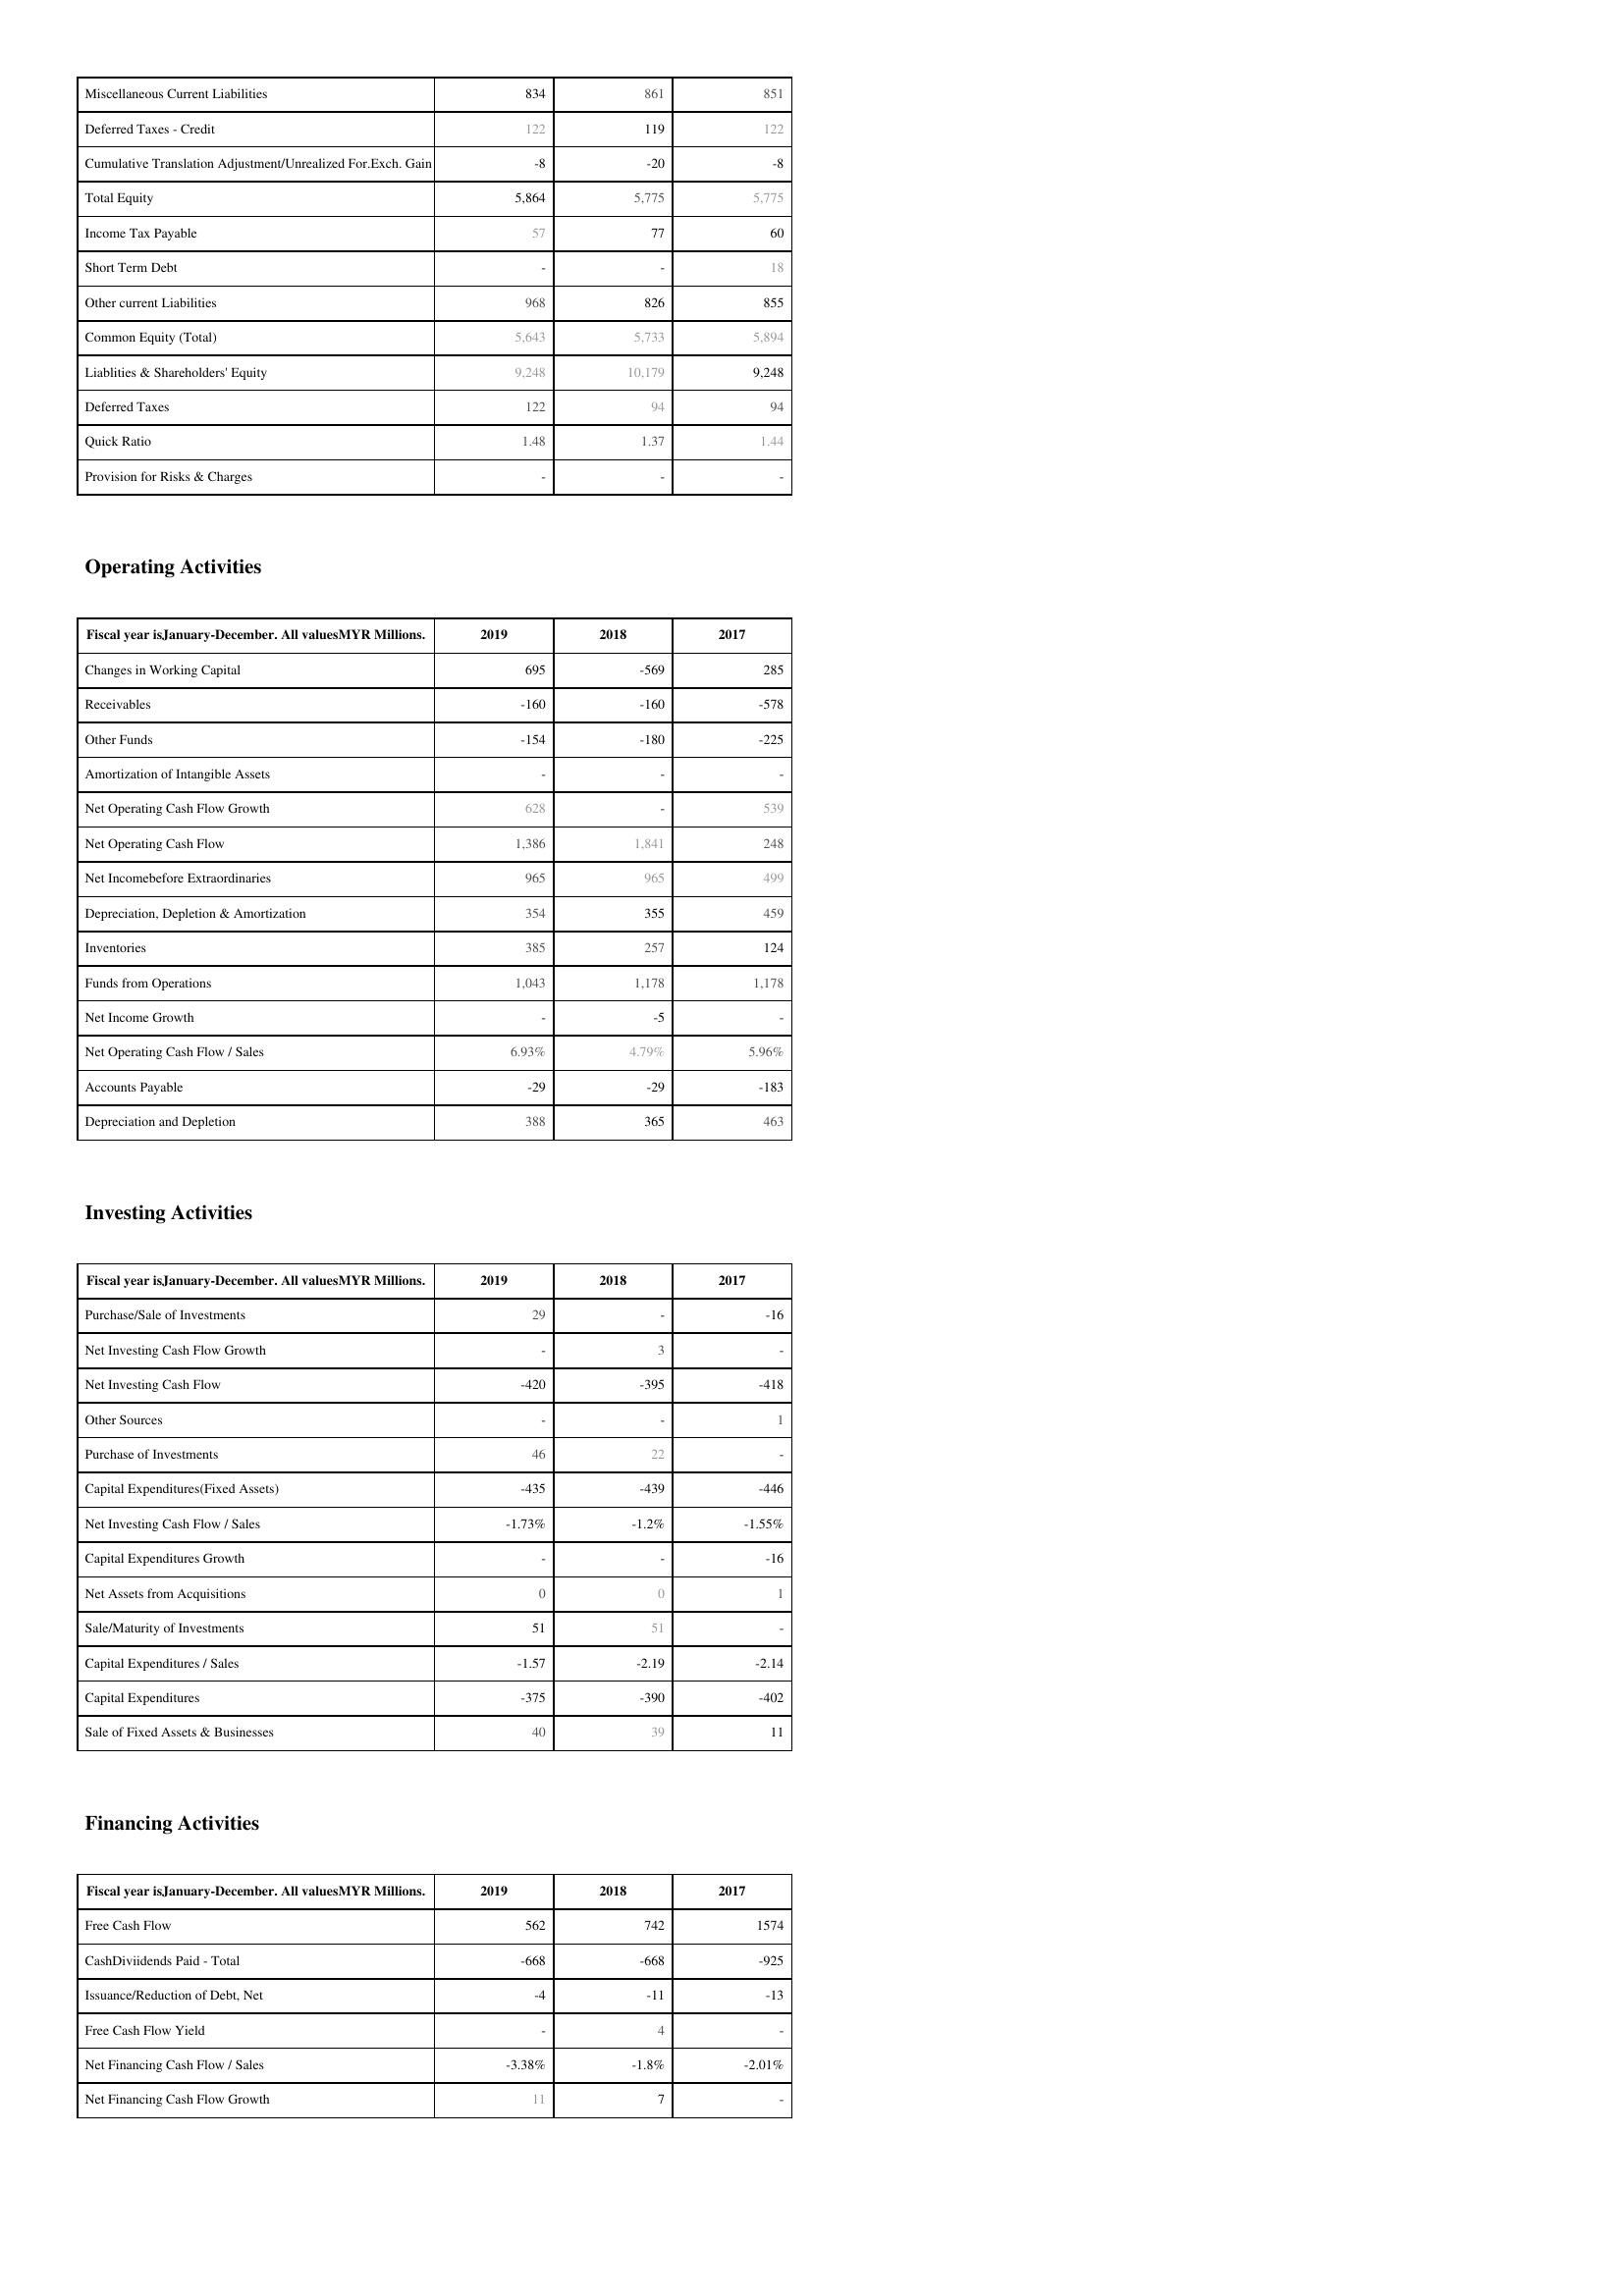
2019: Liabilities & Shareholder's Equity: Miscellaneous Current Liabilities: 834
Deferred Taxes - Credit: 122
Cumulative Translation Adjustment/Unrealized For.Exch. Gain: -8
Total Equity: 5,864
Income Tax Payable: 57
Short Term Debt: -
Other current Liabilities: 968
Common Equity (Total): 5,643
Liablities & Shareholders' Equity: 9,248
Deferred Taxes: 122
Quick Ratio: 1.48
Provision for Risks & Charges: -
Operating Activities: Changes in Working Capital: 695
Receivables: -160
Other Funds: -154
Amortization of Intangible Assets: -
Net Operating Cash Flow Growth: 628
Net Operating Cash Flow: 1,386
Net Incomebefore Extraordinaries: 965
Depreciation, Depletion & Amortization: 354
Inventories: 385
Funds from Operations: 1,043
Net Income Growth: -
Net Operating Cash Flow / Sales: 6.93%
Accounts Payable: -29
Depreciation and Depletion: 388
Investing Activities: Purchase/Sale of Investments: 29
Net Investing Cash Flow Growth: -
Net Investing Cash Flow: -420
Other Sources: -
Purchase of Investments: 46
Capital Expenditures(Fixed Assets): -435
Net Investing Cash Flow / Sales: -1.73%
Capital Expenditures Growth: -
Net Assets from Acquisitions: 0
Sale/Maturity of Investments: 51
Capital Expenditures / Sales: -1.57
Capital Expenditures: -375
Sale of Fixed Assets & Businesses: 40
Financing Activities: Free Cash Flow: 562
CashDiviidends Paid - Total: -668
Issuance/Reduction of Debt, Net: -4
Free Cash Flow Yield: -
Net Financing Cash Flow / Sales: -3.38%
Net Financing Cash Flow Growth: 11
2018: Liabilities & Shareholder's Equity: Miscellaneous Current Liabilities: 861
Deferred Taxes - Credit: 119
Cumulative Translation Adjustment/Unrealized For.Exch. Gain: -20
Total Equity: 5,775
Income Tax Payable: 77
Short Term Debt: -
Other current Liabilities: 826
Common Equity (Total): 5,733
Liablities & Shareholders' Equity: 10,179
Deferred Taxes: 94
Quick Ratio: 1.37
Provision for Risks & Charges: -
Operating Activities: Changes in Working Capital: -569
Receivables: -160
Other Funds: -180
Amortization of Intangible Assets: -
Net Operating Cash Flow Growth: -
Net Operating Cash Flow: 1,841
Net Incomebefore Extraordinaries: 965
Depreciation, Depletion & Amortization: 355
Inventories: 257
Funds from Operations: 1,178
Net Income Growth: -5
Net Operating Cash Flow / Sales: 4.79%
Accounts Payable: -29
Depreciation and Depletion: 365
Investing Activities: Purchase/Sale of Investments: -
Net Investing Cash Flow Growth: 3
Net Investing Cash Flow: -395
Other Sources: -
Purchase of Investments: 22
Capital Expenditures(Fixed Assets): -439
Net Investing Cash Flow / Sales: -1.2%
Capital Expenditures Growth: -
Net Assets from Acquisitions: 0
Sale/Maturity of Investments: 51
Capital Expenditures / Sales: -2.19
Capital Expenditures: -390
Sale of Fixed Assets & Businesses: 39
Financing Activities: Free Cash Flow: 742
CashDiviidends Paid - Total: -668
Issuance/Reduction of Debt, Net: -11
Free Cash Flow Yield: 4
Net Financing Cash Flow / Sales: -1.8%
Net Financing Cash Flow Growth: 7
2017: Liabilities & Shareholder's Equity: Miscellaneous Current Liabilities: 851
Deferred Taxes - Credit: 122
Cumulative Translation Adjustment/Unrealized For.Exch. Gain: -8
Total Equity: 5,775
Income Tax Payable: 60
Short Term Debt: 18
Other current Liabilities: 855
Common Equity (Total): 5,894
Liablities & Shareholders' Equity: 9,248
Deferred Taxes: 94
Quick Ratio: 1.44
Provision for Risks & Charges: -
Operating Activities: Changes in Working Capital: 285
Receivables: -578
Other Funds: -225
Amortization of Intangible Assets: -
Net Operating Cash Flow Growth: 539
Net Operating Cash Flow: 248
Net Incomebefore Extraordinaries: 499
Depreciation, Depletion & Amortization: 459
Inventories: 124
Funds from Operations: 1,178
Net Income Growth: -
Net Operating Cash Flow / Sales: 5.96%
Accounts Payable: -183
Depreciation and Depletion: 463
Investing Activities: Purchase/Sale of Investments: -16
Net Investing Cash Flow Growth: -
Net Investing Cash Flow: -418
Other Sources: 1
Purchase of Investments: -
Capital Expenditures(Fixed Assets): -446
Net Investing Cash Flow / Sales: -1.55%
Capital Expenditures Growth: -16
Net Assets from Acquisitions: 1
Sale/Maturity of Investments: -
Capital Expenditures / Sales: -2.14
Capital Expenditures: -402
Sale of Fixed Assets & Businesses: 11
Financing Activities: Free Cash Flow: 1574
CashDiviidends Paid - Total: -925
Issuance/Reduction of Debt, Net: -13
Free Cash Flow Yield: -
Net Financing Cash Flow / Sales: -2.01%
Net Financing Cash Flow Growth: -